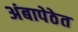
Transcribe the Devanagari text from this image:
अंबापेठेत